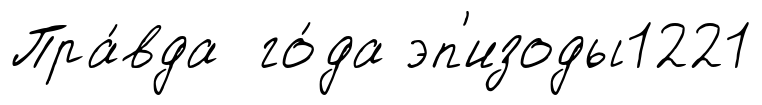
Пра́вда го́да эп'изоды1221